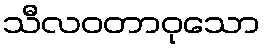
သီလဝတာဝုသော